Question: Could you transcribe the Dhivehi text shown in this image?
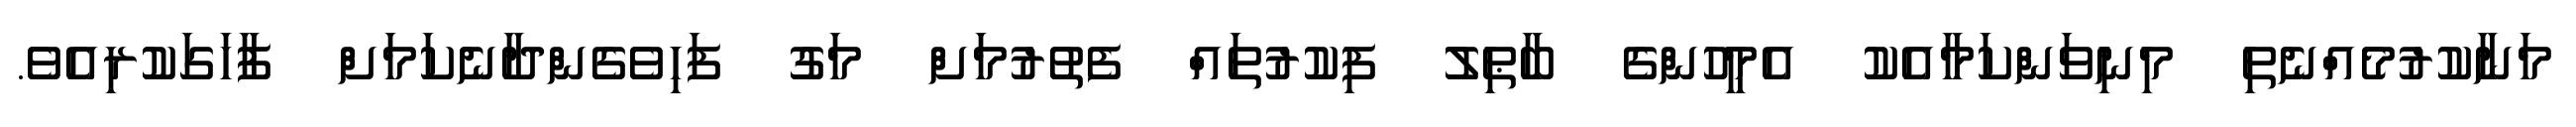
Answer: މަނާކުރުމެއްނެތި މިނިވަންކަމާއެކު އެމީހުންގެ ބާޠިލު ފިކުރުތައް ފެތުރުމަށް މަގު ފަހިވެގެންދާނެކަމަށް ފާހަގަކުރިއެވެ.